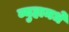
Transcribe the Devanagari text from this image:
व्युहामधे